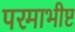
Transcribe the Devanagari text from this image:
परमाभीष्ट